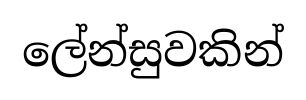
ලේන්සුවකින්